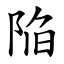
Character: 陥